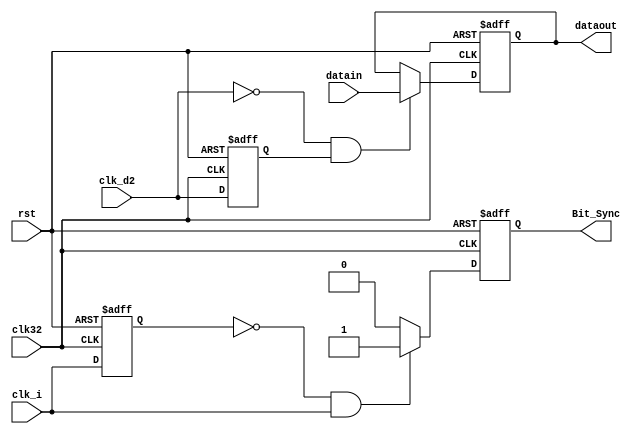
//syncout.v
module syncout(
	rst,clk32,clk_i,clk_d2,datain,
	Bit_Sync,dataout);
	
	input		rst;    //
	input		clk32;  //FPGA:32MHz
	input    clk_d2;   
	input    clk_i;  
	input   [5:0] datain;   
   output   Bit_Sync;	  
   output  [5:0] dataout;
	

	
    //
	 reg clki,sync;
	 always @(posedge clk32 or posedge rst)
	    if (rst)
		    begin
			    sync <= 0;
				 clki <= 0;
			 end
		 else
		    begin
			    clki <= clk_i;
				 if ((clki==1'b0) & (clk_i==1'b1))
				    sync <= 1'b1;
				 else
				    sync <= 1'b0;
			end	 
	assign Bit_Sync = sync;	
  
   //
   //
	reg clk_d2_d;
	reg [5:0] dtem;
	always @(posedge clk32 or posedge rst)
	   if (rst)
		   begin
			   clk_d2_d <= 0;
				dtem <= 0;
			end
		else
		   begin
			   clk_d2_d <= clk_d2;
				if ((clk_d2==1'b0) & (clk_d2_d==1'b1))
				   dtem <= datain;
			end
	assign dataout = dtem;
	
endmodule